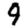
Digit: 9